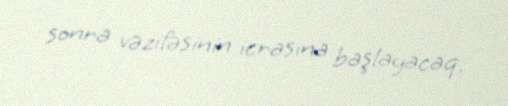
sonra vəzifəsinin icrasına başlayacaq.